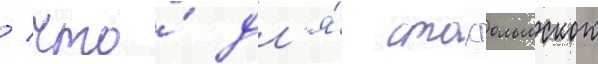
/ что́ дл'я́ стокгольмского